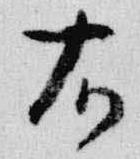
右